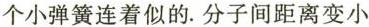
个小弹簧连着似的.分子间距离变小